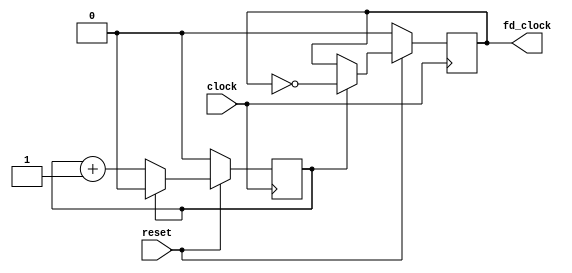
module fd_25MHz(
    input      clock,
    input      reset,
    output reg fd_clock,
);

reg count;

always @(posedge clock)begin
	if(!reset) begin
		count <= 1'b0;
		fd_clock <= 1'b0;
	end
	else begin
		if(count == 1'b1) begin
			count <= 32'd0;
			fd_clock <= ~fd_clock;
		end
		else begin
			count <= count + 1'b1;
		end
	end
end

endmodule